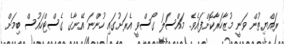
ރައްޔިތުން ވަނީ މުޒާހަރާކޮށްފައެވެ. މައްސަލަ ގޯސްވީ އެރަށުގައި ހުންނަ އޭނާގެ ގެސްޓްހައުސް ބިމަށް